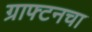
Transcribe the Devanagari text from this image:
ग्राफ्टनचा